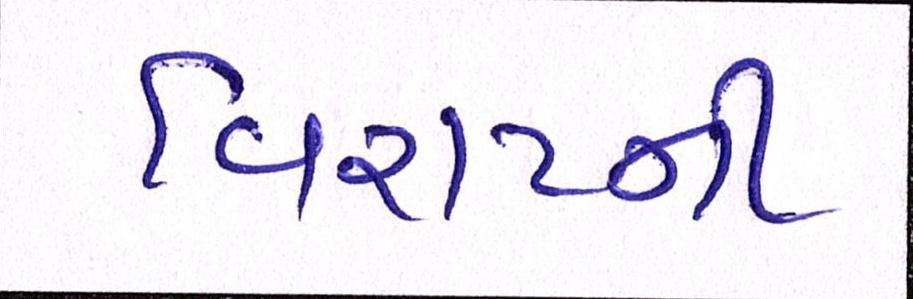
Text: વિરાટની